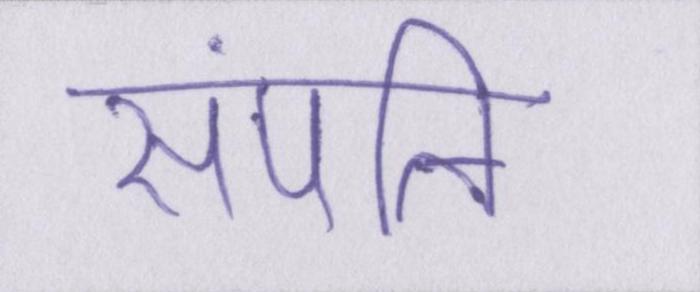
संपत्ति